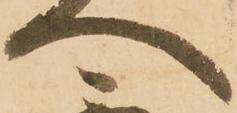
へ